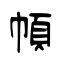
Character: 幁